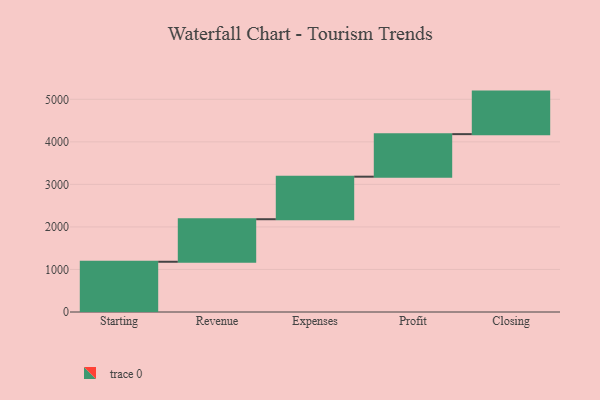
{"axis": {"x": "Step", "y": "Value"}, "legend": [""], "data": [{"x": "Starting", "y": 1181.0, "type": ""}, {"x": "Revenue", "y": 1000, "type": ""}, {"x": "Expenses", "y": 1000, "type": ""}, {"x": "Profit", "y": 1000, "type": ""}, {"x": "Closing", "y": 1000, "type": ""}]}